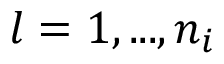
l = 1 , . . . , n _ { i }